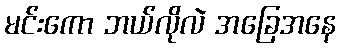
မင်းကော ဘယ်လိုလဲ အခြေအနေ